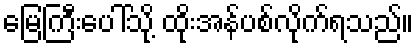
မြေကြီးပေါ်သို့ ထိုးအန်ပစ်လိုက်ရသည်။